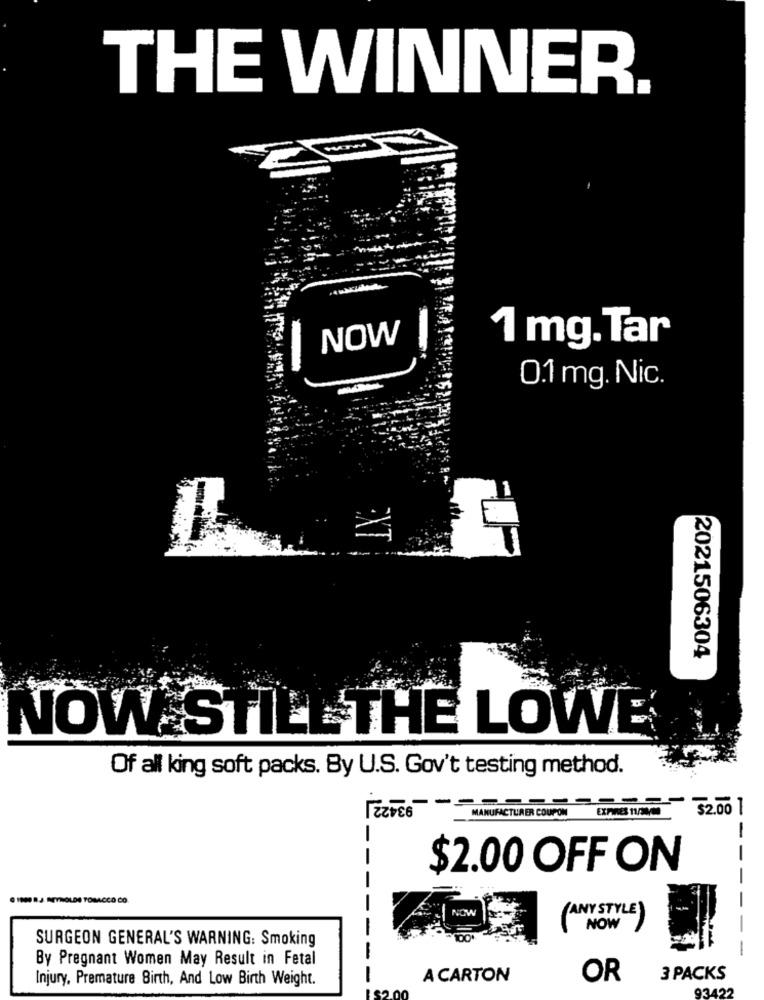
THE WINNER
NOW
1 mg.Tar
0.1 mg. Nic.
2021506304
NOW STILL THE LOWE
Of all king soft packs. By U.S. Gov't testing method.
9342
------
==== "$2.00 1
EXPRES 11/30/00
MANUFACTURER COUPON
-
-
-
$2.00 OFF ON
-
ATYHOLDE TOBACCO CO.
NOW
ANY STYLE
NOW
SURGEON GENERAL'S WARNING: Smoking
-
By Pregnant Women May Result in Fetal
Injury, Premature Birth, And Low Birth Weight.
A CARTON
OR
3 PACKS
93422